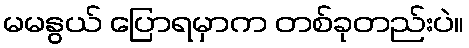
မမနွယ် ပြောရမှာက တစ်ခုတည်းပဲ။